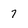
Character: 7